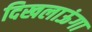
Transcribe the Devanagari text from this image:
दिखलाऊंगा